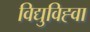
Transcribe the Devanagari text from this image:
विद्युविह्वा